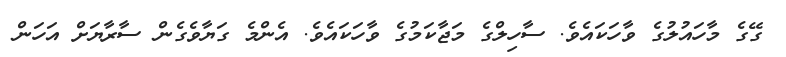
ގޭގެ މާހައުލުގެ ވާހަކައެވެ. ސާހިލްގެ މަޖާކަމުގެ ވާހަކައެވެ. އެންމެ ގަޔާވެގެން ސާރާޔަށް އަހަން